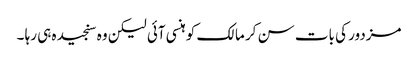
مزدور کی بات سن کر مالک کو ہنسی آئی لیکن وہ سنجیدہ ہی رہا ۔